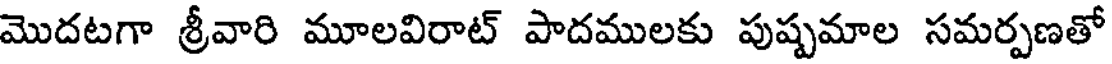
మొదటగా శ్రీవారి మూలవిరాట్ పాదములకు పుష్పమాల సమర్పణతో